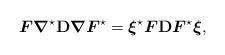
LaTeX: \begin{align*}\boldsymbol{F}\boldsymbol{\nabla}^\star\mathbf{D}\boldsymbol{\nabla}\boldsymbol{F}^\star= \boldsymbol{\xi}^\star\boldsymbol{F}\mathbf{D}\boldsymbol{F}^\star\boldsymbol{\xi},\end{align*}